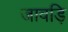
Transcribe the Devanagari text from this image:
जावड़ि